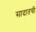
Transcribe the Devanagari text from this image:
सादातची